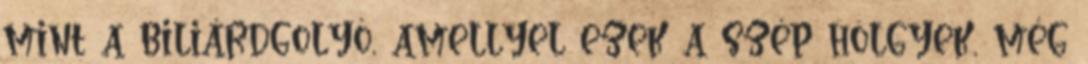
mint a biliárdgolyó, amellyel ezek a szép hölgyek, még